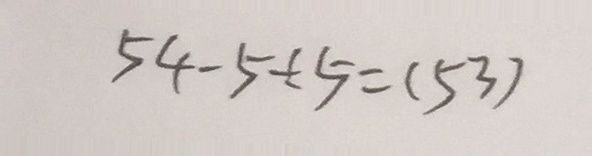
5 4 - 5 \div 5 = ( 5 3 )